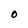
Character: O